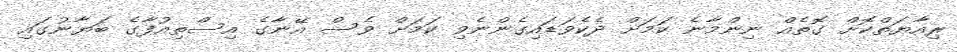
ރިއާޔަތްކޮށް ގޮތެއް ނިންމާނެ ކަމަށް ދެކެވަޑައިގެންނެވި ކަމަށް ވެސް އޭނާގެ އިސްތިއުފާގެ ބަޔާނުގައި